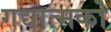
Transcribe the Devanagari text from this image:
गद्यात्‍मको